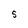
Character: 5